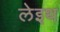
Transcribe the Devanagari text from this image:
लेइथ